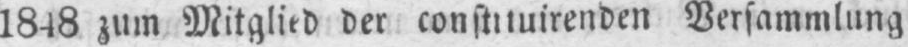
1848 zum Mitglied der constituirenden Versammlung